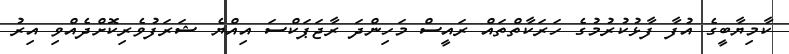
ކާމިޔާބީގެ އުފާ ފާޅުކުރުމުގެ ހަރަކާތްތައް ރައީސް މަހިންދަ ރާޖަޕަކްސަ އިއްޔެ ޝަރަފުވެރިކޮށްދެއްވި އިރު